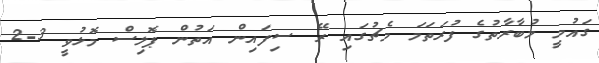
ގައުމީ މުބާރާތުގެ ފުރަތަމަ މެޗުގައި ރޭ ސިފައިން އަތުން ޕޮލިސް މޮޅުވީ 3-2